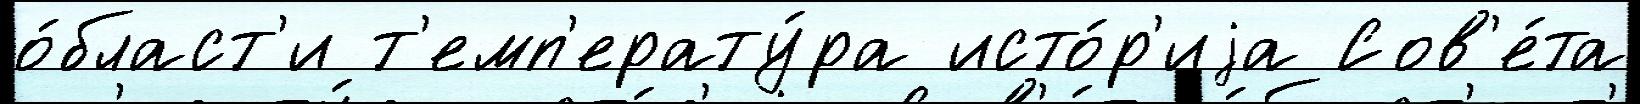
о́бласт'и т'емп'ерату́ра исто́р'иjа Сов'е́та